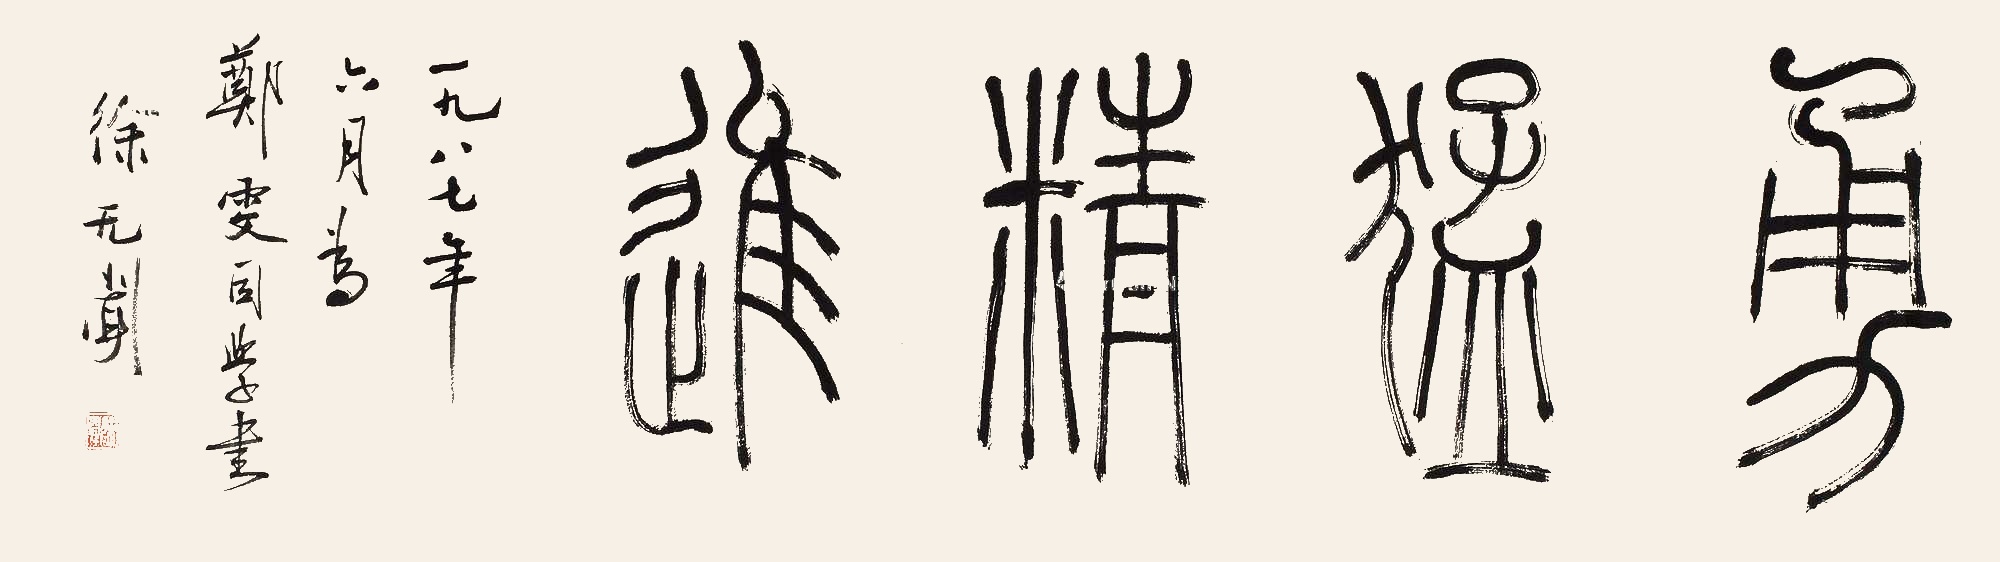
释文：勇猛精进。一九八七年六月为郑雯同学书，徐无闻。